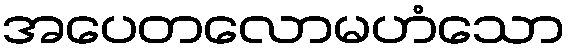
အပေတလောမဟံသော